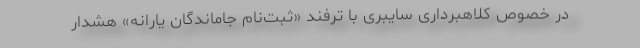
در خصوص کلاهبرداری سایبری با ترفند «ثبت‌نام جاماندگان یارانه» هشدار